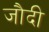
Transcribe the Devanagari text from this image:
जौदी